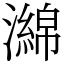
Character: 𤁗